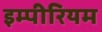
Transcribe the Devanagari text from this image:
इम्पीरियम